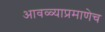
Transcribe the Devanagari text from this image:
आवळ्याप्रमाणेच